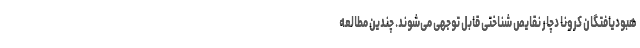
هبودیافتگان کرونا دچار نقایص شناختی قابل توجهی می‌شوند. چندین مطالعه